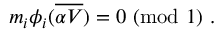
m _ { i } \phi _ { i } ( { \overline { { { \alpha V } } } } ) = 0 ~ ( \mathrm { m o d } ~ 1 ) ~ .